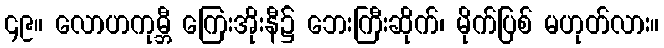
၄၉။ လောဟကုမ္ဘီ ကြေးအိုးနီ၌ ဘေးကြီးဆိုက်၊ မိုက်ပြစ် မဟုတ်လား။